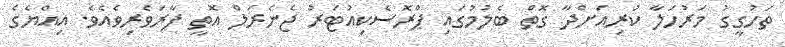
ތަހުގީގު މަރުހަލާ ކުރިއަށްދާ ގޮތް ބެލުމުގައި ޕްރޮސެކިއުޓަރު ޖެނެރަލް އޮތީ ފާރަވެރިވެއެވެ. އިއްޔެގެ